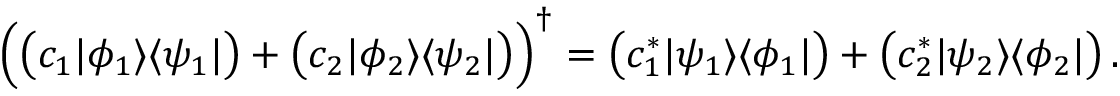
{ \Big ( } { \bigl ( } c _ { 1 } | \phi _ { 1 } \rangle \langle \psi _ { 1 } | { \bigr ) } + { \bigl ( } c _ { 2 } | \phi _ { 2 } \rangle \langle \psi _ { 2 } | { \bigr ) } { \Big ) } ^ { \dagger } = { \bigl ( } c _ { 1 } ^ { * } | \psi _ { 1 } \rangle \langle \phi _ { 1 } | { \bigr ) } + { \bigl ( } c _ { 2 } ^ { * } | \psi _ { 2 } \rangle \langle \phi _ { 2 } | { \bigr ) } \, .